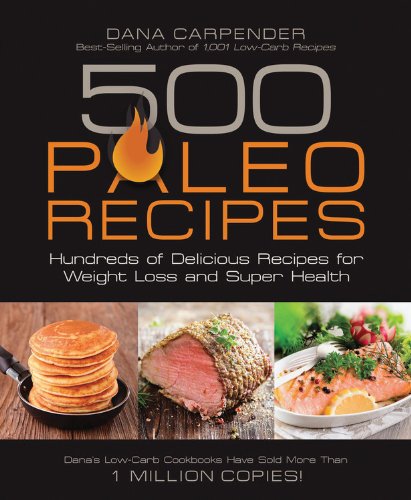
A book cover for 500 Paleo Recipes: Hundreds of Delicious Recipes for Weight Loss and Super Health; Dana Carpender; Cookbooks, Food & Wine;